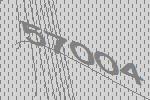
57004